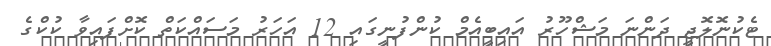
ޓެކުނޮލޮޖީ ދަންނަ މަޝްހޫރު އައިބީއެމް ކުންފުނީގައި 12 އަހަރު މަސައްކަތް ކޮށްފައިވާ ކުކްގެ